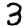
Digit: 3